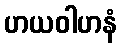
ဟယဝါဟနံ